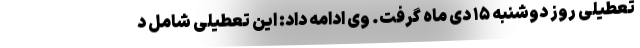
تعطیلی روز دوشنبه ۱۵ دی ماه گرفت. وی ادامه داد: این تعطیلی شامل د